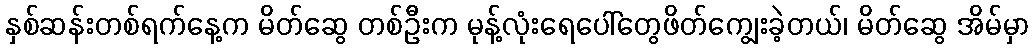
နှစ်ဆန်းတစ်ရက်နေ့က မိတ်ဆွေ တစ်ဦးက မုန့်လုံးရေပေါ်တွေဖိတ်ကျွေးခဲ့တယ်၊ မိတ်ဆွေ အိမ်မှာ